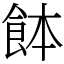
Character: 䬱